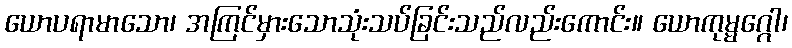
ယောပရာမာသော၊ အကြင်မှားသောသုံးသပ်ခြင်းသည်လည်းကောင်း။ ယောကုမ္မဂ္ဂေါ၊